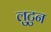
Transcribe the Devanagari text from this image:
लुटुन